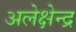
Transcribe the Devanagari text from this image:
अलेक्षेन्द्र